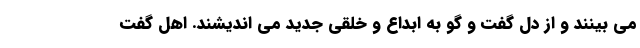
می بینند و از دل گفت و گو به ابداع و خلقی جدید می اندیشند. اهل گفت